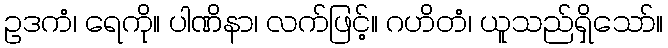
ဥဒကံ၊ ရေကို။ ပါဏိနာ၊ လက်ဖြင့်။ ဂဟိတံ၊ ယူသည်ရှိသော်။